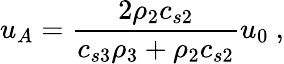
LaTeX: u_{A}=\frac{2\rho_{2}c_{s2}}{c_{s3}\rho_{3}+\rho_{2}c_{s2}}u_{0}\ ,